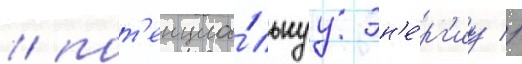
/ пот'енциа́льнуу эн'е́рг'иу //